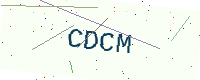
Text: CDCM